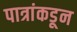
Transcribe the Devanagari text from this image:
पात्रांकडून